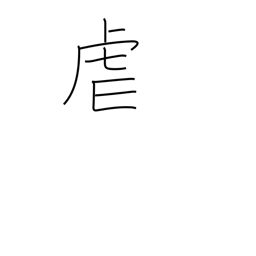
Meaning: oppress